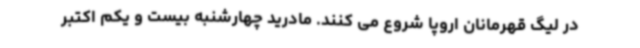
در لیگ قهرمانان اروپا شروع می کنند. مادرید چهارشنبه بیست و یکم اکتبر